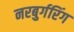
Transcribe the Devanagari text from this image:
नरबुर्गरिंग